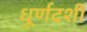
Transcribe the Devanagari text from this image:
धूर्णदर्शी